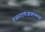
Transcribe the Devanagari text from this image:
एआयएमआयएमच्या